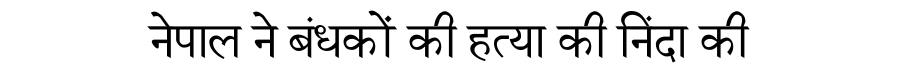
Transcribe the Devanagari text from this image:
नेपाल ने बंधकों की हत्या की निंदा की